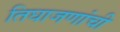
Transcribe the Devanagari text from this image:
तिघाजणांची